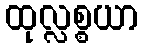
ထုလ္လစ္စယာ